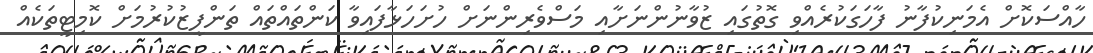
ހާއްސަކޮށް އެމަނިކުފާނު ފާހަގަކުރެއްވި ގޮތުގައި ޒުވާނުންނަށާއި މަސްވެރިންނަށް ހުށަހަޅާފައިވާ ކަންތައްތައް ތަންފީޒުކުރުމަށް ކޮމިޓީތަކެއް